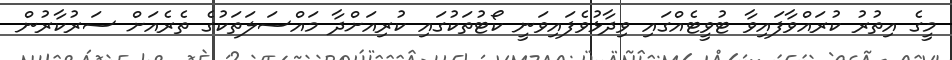
މީގެ އިތުރު ކުރައްވާފައިވާ ޓުވީޓެއްގައި ވިދާޅުވެފައިވަނީ ކޯޓުތަކުގައި ކުރިއަށްދާ މައްސަލަތަކުގެ ތެރެއަށް ސަރުކާރުން